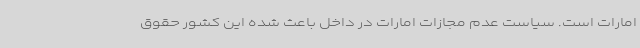
امارات است. سیاست عدم مجازات امارات در داخل باعث شده این کشور حقوق